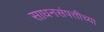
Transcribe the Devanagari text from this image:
साधनसंपत्तीच्या